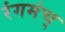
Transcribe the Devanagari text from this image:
रंगमंच्